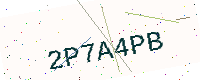
Text: 2P7A4PB